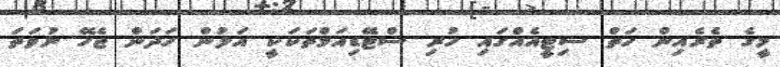
މީގެ ތެރެއިން ހަތް ސިޓީއެއްގައި ހުރި ސްޓޭޑިއަމްތަކަކީ އަލުން ހަދަން ޖެހޭ ނުވަތަ